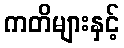
ကတိများနှင့်